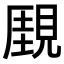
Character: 𧡋